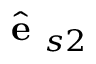
\hat { \textbf { e } } _ { s 2 }